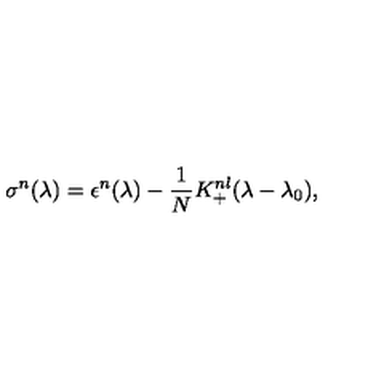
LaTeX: \sigma ^ { n } ( \lambda ) = \epsilon ^ { n } ( \lambda ) - { \frac { 1 } { N } } K _ { + } ^ { n l } ( \lambda - \lambda _ { 0 } ) ,